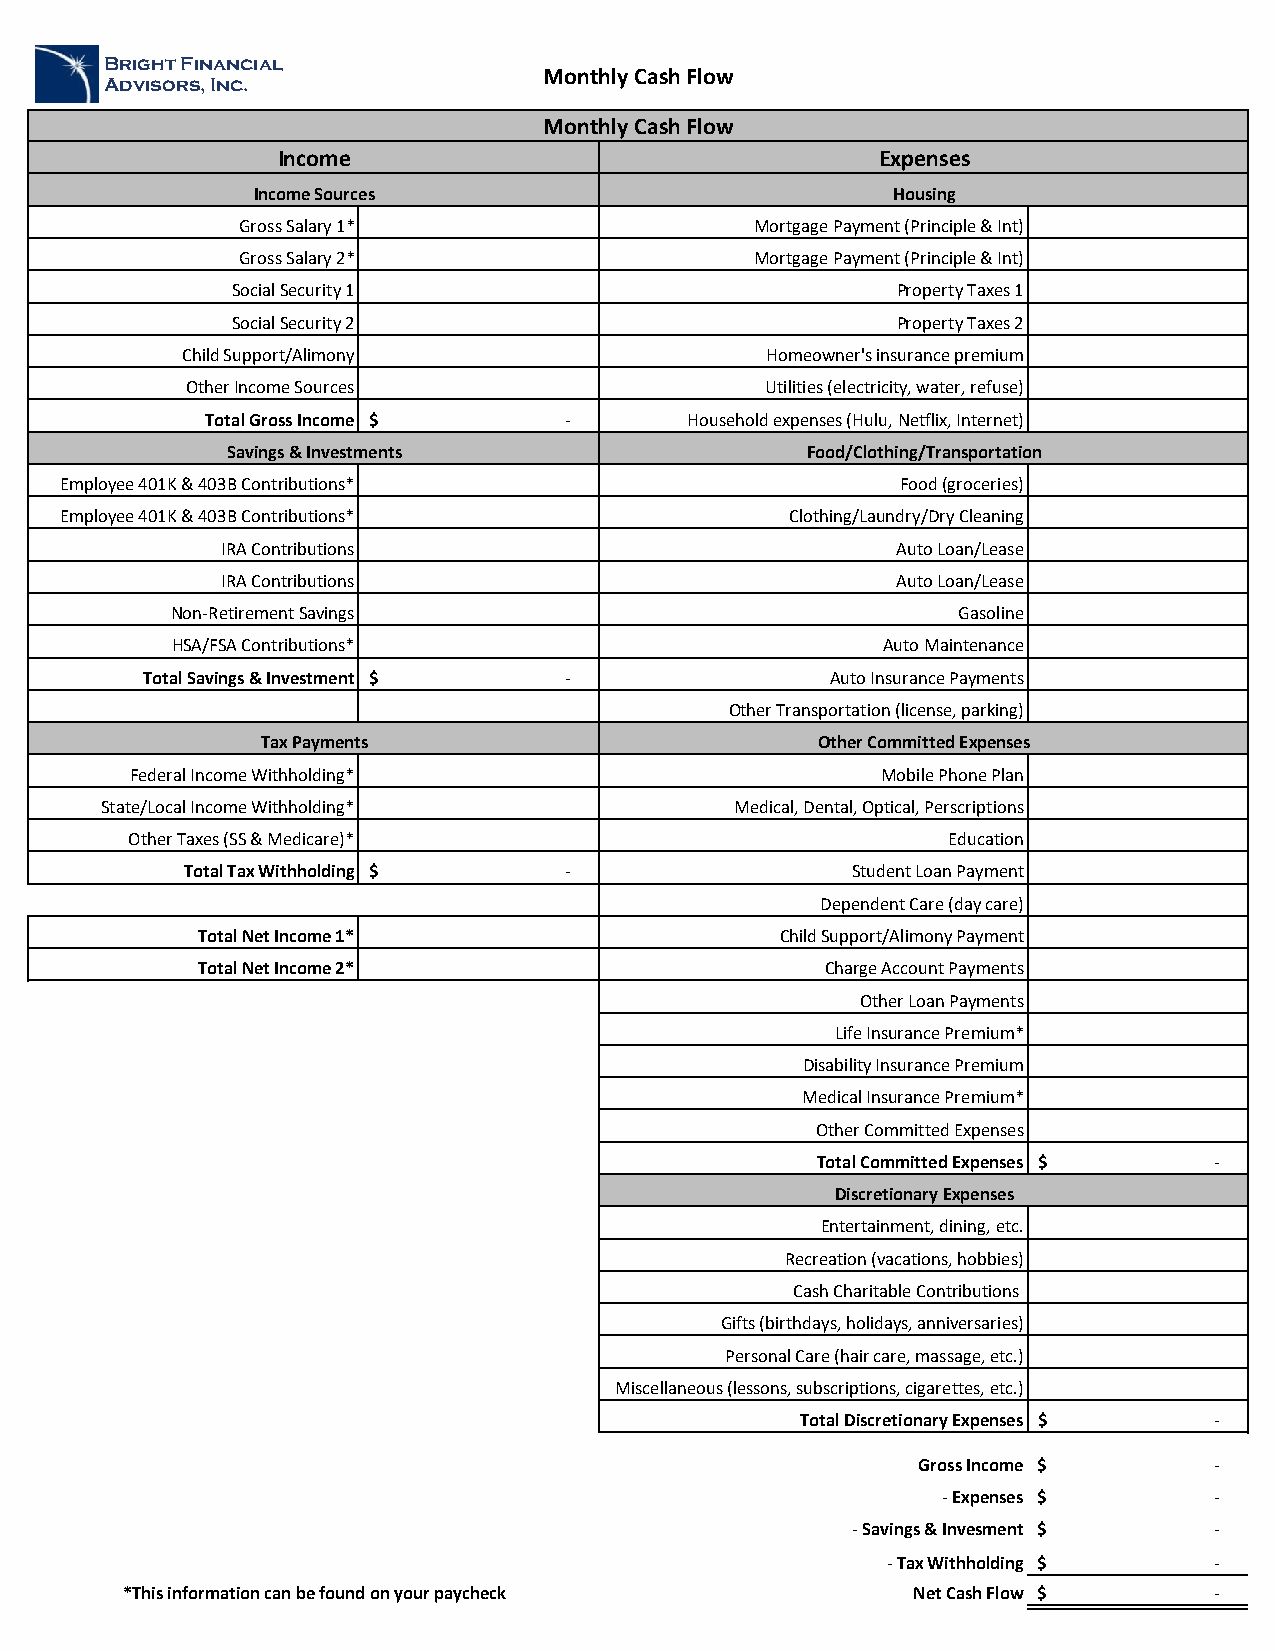
BBrriigghhtt FFiinnaanncciiaall
 Monthly Cash Flow
 AAddvviissoorrss,, IInncc..
 Monthly Cash Flow
 Income                                  Expenses
 Income Sources                            Housing
 Gross Salary 1*                   Mortgage Payment (Principle & Int)
 Gross Salary 2*                   Mortgage Payment (Principle & Int)
 Social Security 1                           Property Taxes 1
 Social Security 2                           Property Taxes 2
 Child Support/Alimony                  Homeowner's insurance premium
 Other Income Sources                   Utilities (electricity, water, refuse)
 Total Gross Income $   -        Household expenses (Hulu, Netflix, Internet)
 Savings & Investments                 Food/Clothing/Transportation
 Employee 401K & 403B Contributions*                     Food (groceries)
 Employee 401K & 403B Contributions*             Clothing/Laundry/Dry Cleaning
 IRA Contributions                           Auto Loan/Lease
 IRA Contributions                           Auto Loan/Lease
 Non-Retirement Savings                              Gasoline
 HSA/FSA Contributions*                         Auto Maintenance
 Total Savings & Investment $ -                Auto Insurance Payments
 Other Transportation (license, parking)
 Tax Payments                         Other Committed Expenses
 Federal Income Withholding*                      Mobile Phone Plan
 State/Local Income Withholding*           Medical, Dental, Optical, Perscriptions
 Other Taxes (SS & Medicare)*                           Education
 Total Tax Withholding $  -                  Student Loan Payment
 Dependent Care (day care)
 Total Net Income 1*                    Child Support/Alimony Payment
 Total Net Income 2*                       Charge Account Payments
 Other Loan Payments
 Life Insurance Premium*
 Disability Insurance Premium
 Medical Insurance Premium*
 Other Committed Expenses
 Total Committed Expenses $ -
 Discretionary Expenses
 Entertainment, dining, etc.
 Recreation (vacations, hobbies)
 Cash Charitable Contributions
 Gifts (birthdays, holidays, anniversaries)
 Personal Care (hair care, massage, etc.)
 Miscellaneous (lessons, subscriptions, cigarettes, etc.)
 Total Discretionary Expenses $ -
 Gross Income $     -
 - Expenses $      -
 - Savings & Invesment $ -
 - Tax Withholding $  -
 *This information can be found on your paycheck     Net Cash Flow $     -